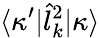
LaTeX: \langle\kappa^{\prime}|\hat{l}_{k}^{2}|\kappa\rangle